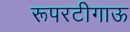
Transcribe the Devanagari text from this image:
रूपरटीगाऊ